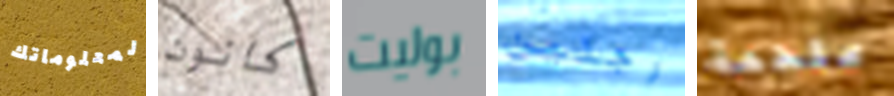
لمعلوماتك كانون بوليت رجلين ملحمة